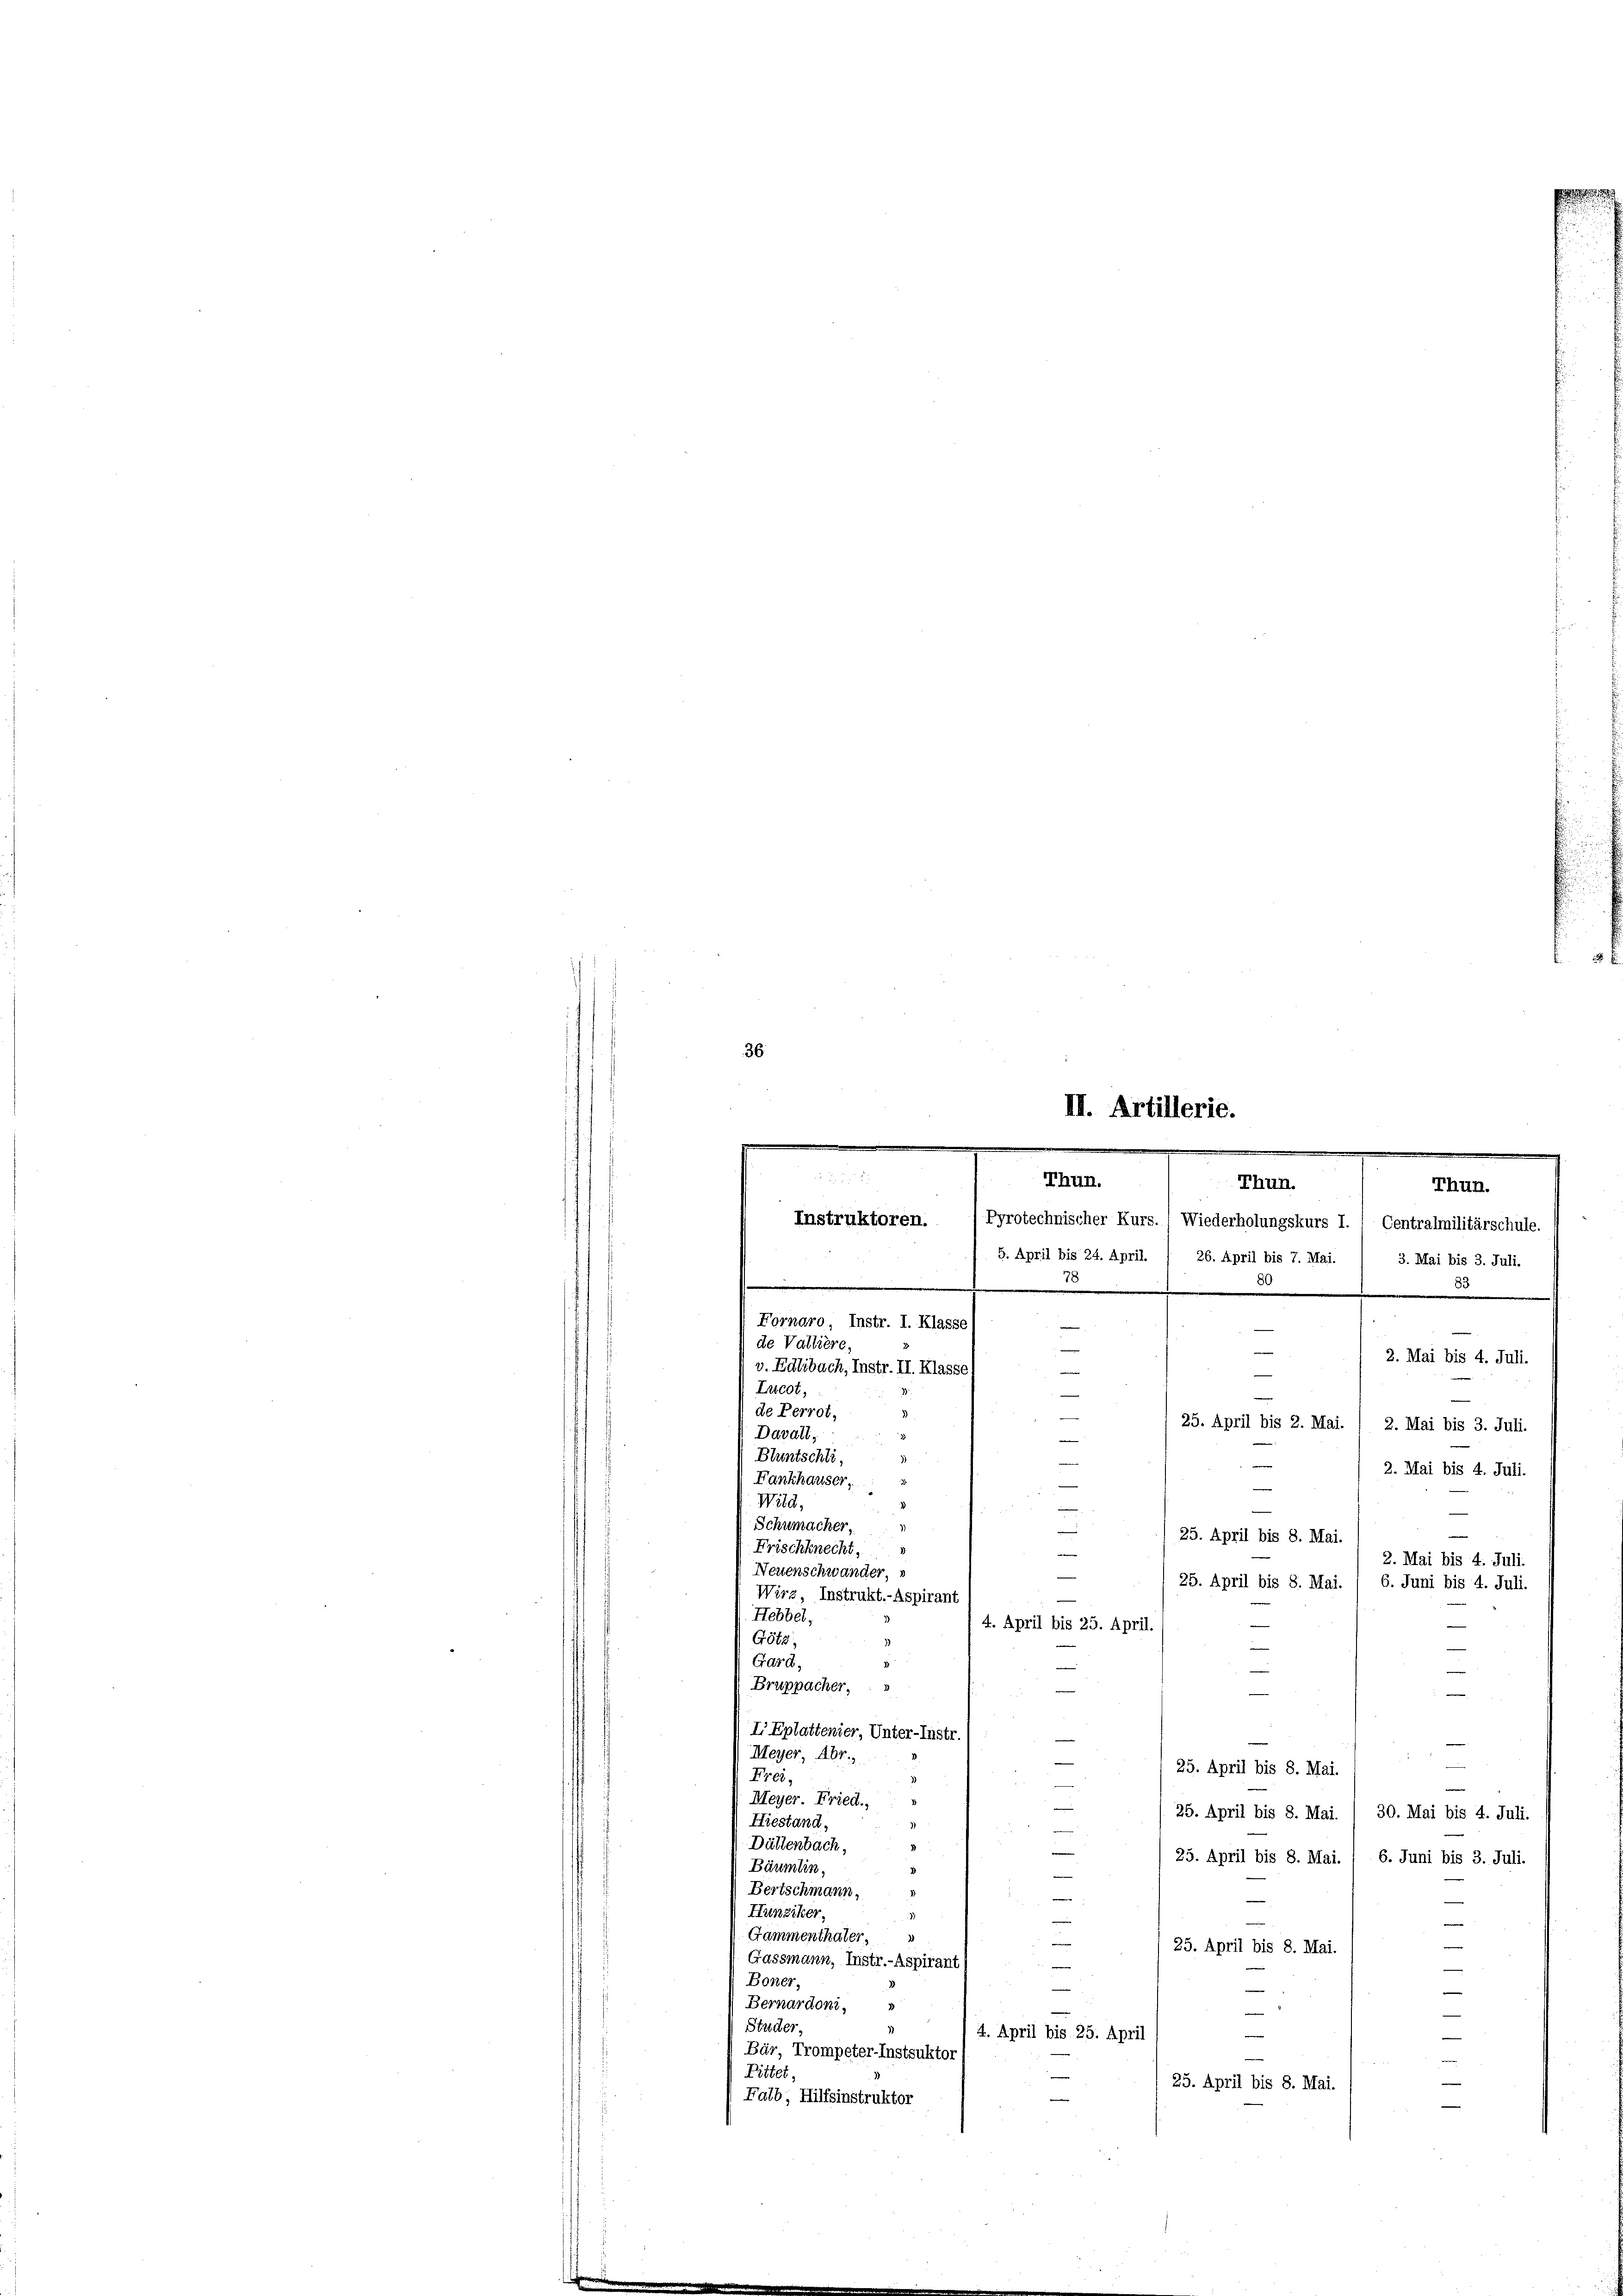
36
II. Artillerie.
n
e
.
.

Thun.
Thun.
Thun.

Instruktoren. /Pyrotechnischer Kurs. ( Wiederholungskurs I. / Centralmilitärschule.

5. April bis 24. April. / 26. April bis 7. Mai. / 3. Mai bis 3. Juli.
.
30
.
3
.
e
Fornaro, Instr. I. Klasse
de Valtiere
2. Mai bis 4. Juli.

v. Edlibach, Instr. II. Klasse)
Lucot,
de Perrot,
25. April bis 2. Mai. ( 2. Mai bis 3. Juli.
Davalt,
Bluntschli,
1
2. Mai bis 4. Juli.
Fankhauser,
e
Wild,

Schumacher,
25. April bis 8. Mai.
Frischknecht,
e
2. Mai bis 4. Juli.
Neuenschwander, s
25. April bis 8. Mai.
6. Juni bis 4. Juli.
Wirz, Instrukt.-Aspirant
Hebbel,
4. April bis 25. April.
Götz,
—
Gard,
—
Bruppacher, s
e

I Eplattenier, Unter-Instr.

Meyer, Abt.
—
.
25. April bis 8. Mai.
Frei,
¬
Meyer. Fried.
e
25. April bis 8. Mai. / 30. Mai bis 4. Juli.
Hiestand,
Dättenbach,
25. April bis 8. Mai. / 6. Juni bis 3. Juli.
Bäumlin,
i
Bertschmann,
e
Hunziker
e
Gammenthäter,
e
25. April bis 8. Mai.
Gassmann, Instr.-Aspirant
e
Boner,
—
Bernardoni,
e
Stucker.
e
4. April bis 25. April
Bär, Trompeter-Instsuktor!
Pittet,
25. April bis 8. Mai.
Falb, Hilfsinstruktor

u